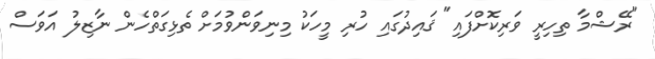
"ރޭޝްމާ ތިހިރީ ވަރިކޮށްފައި" ޤައިދުގައި ހުރި މީހަކު މިނިވަންވުމަށް ތެޅިގަތްހެން ނާޒިލު އަވަސް